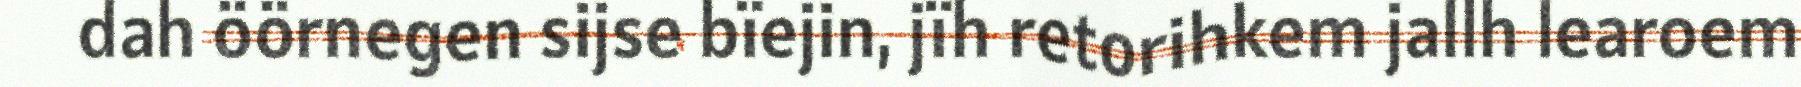
dah öörnegen sijse bïejin, jïh retorihkem jallh learoem